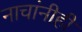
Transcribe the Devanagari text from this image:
नाचांनीही